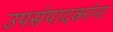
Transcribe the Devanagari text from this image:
उपसंपादकांना